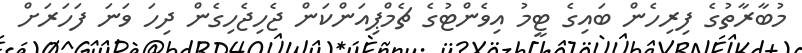
މުބާރާތުގެ ފިރިހެން ބައިގެ ޓީމު އިވެންޓުގެ ޗެމްޕިއަންކަން ޖެހިޖެހިގެން ދިހަ ވަނަ ފަހަރަށް